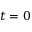
t = 0